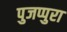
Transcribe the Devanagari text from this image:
पुजप्पुरा